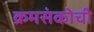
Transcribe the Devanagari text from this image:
क्रमसंकोची